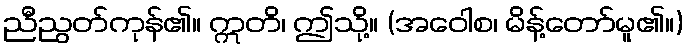
ညီညွတ်ကုန်၏။ ဣတိ၊ ဤသို့။ (အဝေါစ၊ မိန့်တော်မူ၏။)